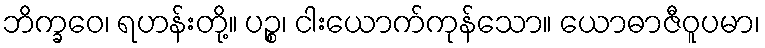
ဘိက္ခဝေ၊ ရဟန်းတို့။ ပဉ္စ၊ ငါးယောက်ကုန်သော။ ယောဓာဇီဝူပမာ၊